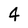
Character: 4